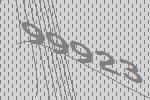
99923